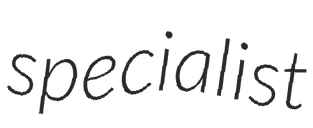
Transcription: specialist